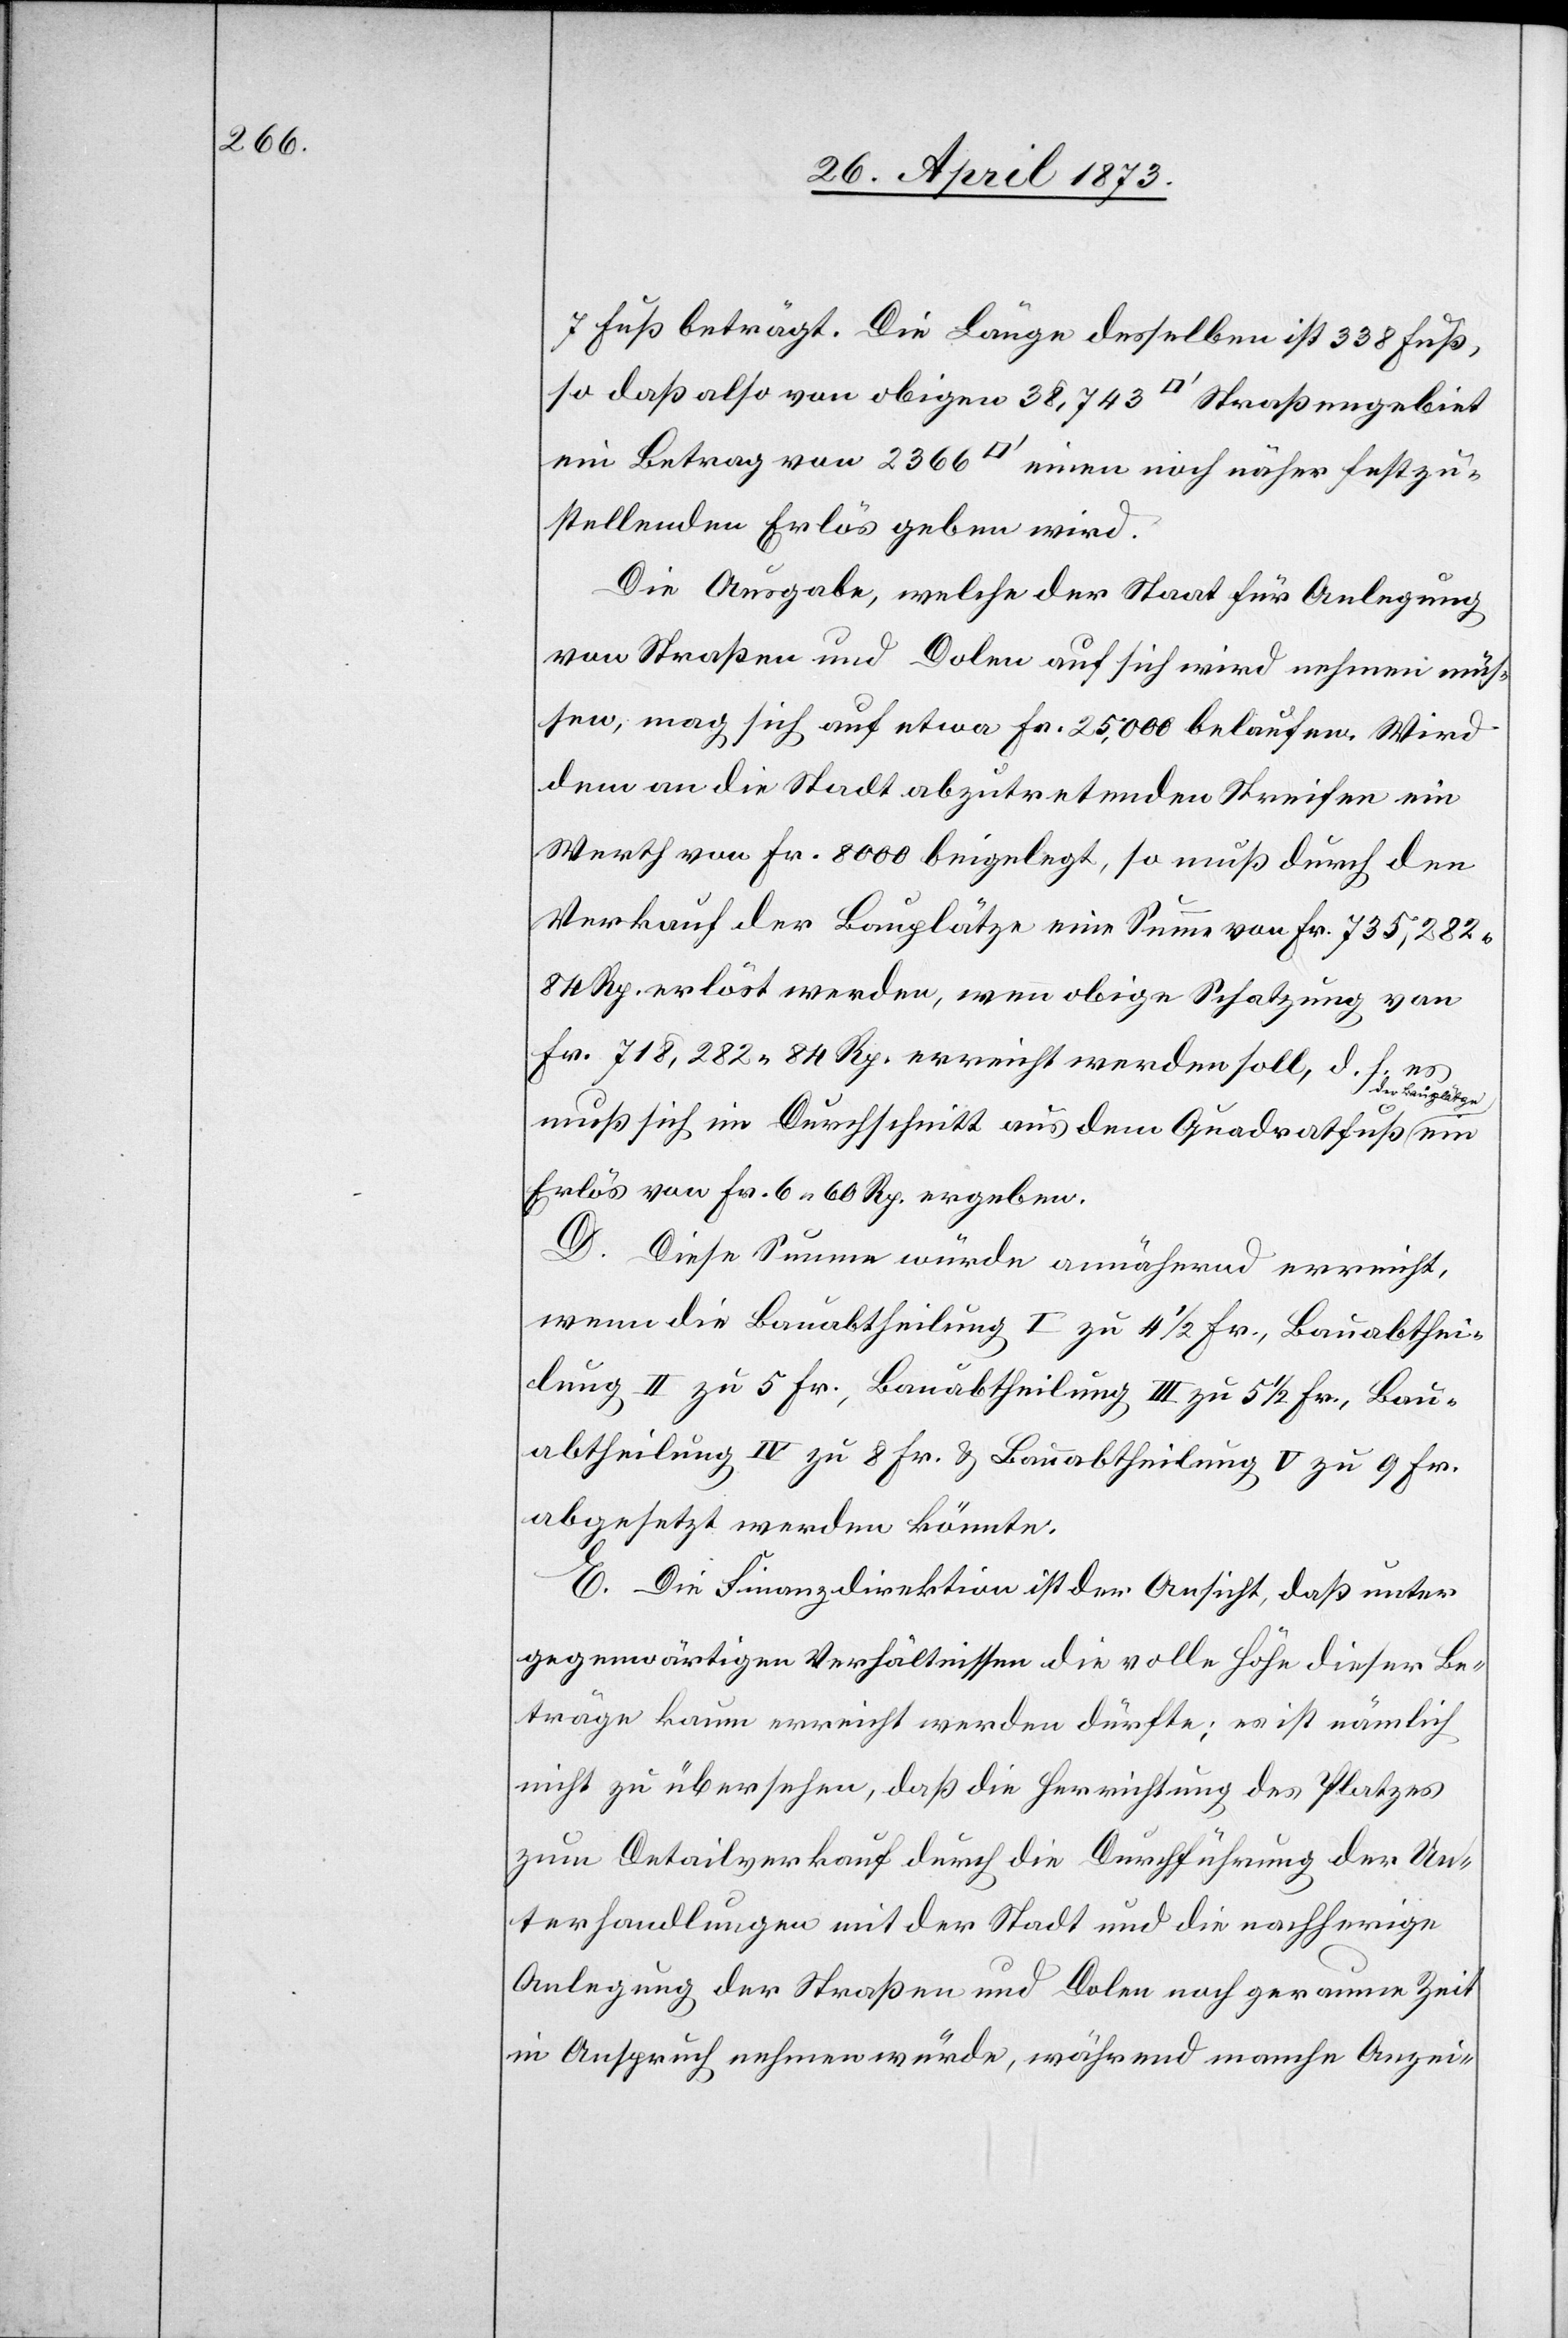
7 Fuß beträgt. Die Länge desselben ist 338 Fuß,
so daß also von obigen 38,743 [Quadratfuss] Straßengebiet
ein Betrag von 2 366 [Quadratfuss] einen noch näher festzu¬
stellenden Erlös geben wird.
Die Ausgabe, welche der Staat für Anlegung
von Straßen und Dolen auf sich wird nehmen müs¬
sen, mag sich auf etwa Fr. 25,000 belaufen. Wird
dem an die Stadt abzutretenden Streifen ein
Werth von Fr. 8 000 beigelegt, so muß durch den
Verkauf der Bauplätze eine Summe von Fr. 735,282
84 Rp. erlöst werden, wenn obige Schatzung von
Fr. 718,282 84 Rp. erreicht werden soll. d. h. es
muß sich im Durchschnitt aus dem Quadratfuß der
Erlös von Fr. 6 60 Rp. ergeben.
D. Diese Summe würde annähernd erreicht,
wenn die Bauabtheilung I zu 4 1/2 Fr., Bauabthei¬
lung II zu 5 Fr., Bauabtheilung III zu 5 1/2 Fr., Bau¬
abtheilung IV zu 8 Fr. & Bauabhteilung V zu 9 Fr.
abgesetzt werden könnte.
E. Die Finanzdirektion ist der Ansicht, daß unter
gegenwärtigen Verhältnissen die volle Höhe dieser Be¬
träge kaum erreicht werden dürfte; es ist nämlich
nicht zu übersehen, daß die Herrichtung des Platzes
zum Detailverkauf durch die Durchführung der Un¬
terhandlungen mit der Stadt und die nachherige
Anlegung der Straßen und Dolen noch geraume Zeit
in Anspruch nehmen würde, während manche Anzei-